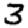
Digit: 3